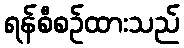
ရန်စီစဉ်ထားသည်